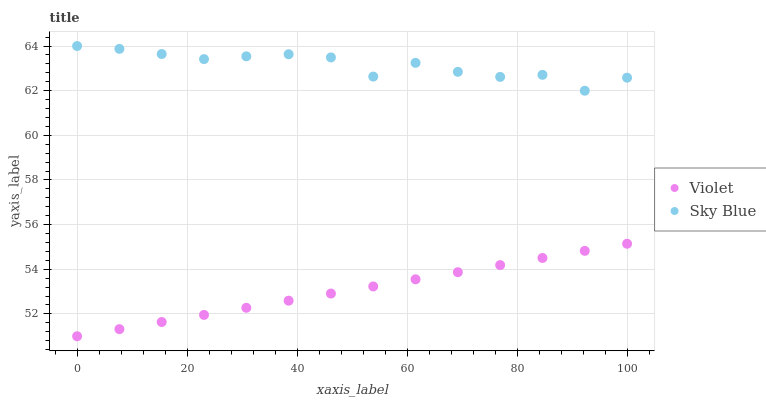
| xaxis_label | Violet | Sky Blue |
 | --- | --- | --- |
 | 0 | 51 | 64 |
 | 7.69 | 51.3 | 63.9 |
 | 15.4 | 51.6 | 63.6 |
 | 23.1 | 52 | 63.4 |
 | 30.8 | 52.3 | 63.5 |
 | 38.5 | 52.6 | 63.6 |
 | 46.2 | 52.9 | 63.5 |
 | 53.8 | 53.2 | 62.6 |
 | 61.5 | 53.6 | 63.2 |
 | 69.2 | 53.9 | 62.8 |
 | 76.9 | 54.2 | 62.6 |
 | 84.6 | 54.5 | 62.7 |
 | 92.3 | 54.8 | 62 |
 | 100 | 55.1 | 62.6 |